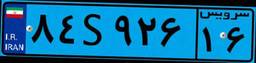
۸۴S۹۲۶۱۶